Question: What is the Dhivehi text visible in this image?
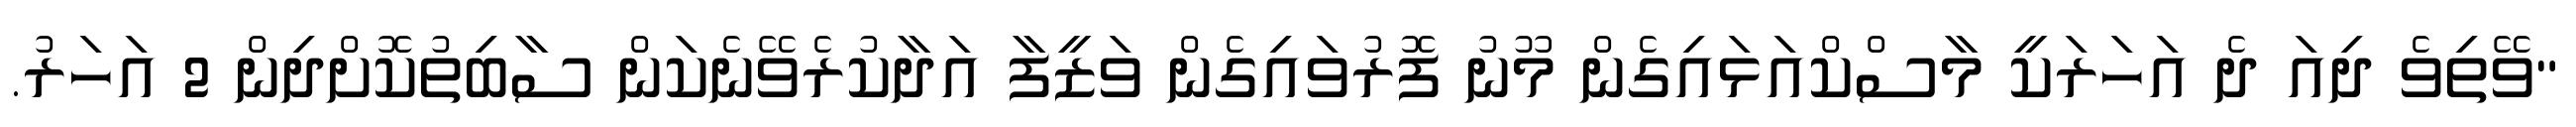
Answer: "ވޭތިވެ ދިއަ ދެ އަހަރަކީ މާސްކްއަޅައިގެން މޫނު ފޮރުވައިގެން ވަޒީފާ އަދާކުރެވޭނެކަން ސާބިތުކޮށްދިން 2 އަހަރު.